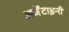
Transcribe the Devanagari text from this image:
अर्जेंटाइनी